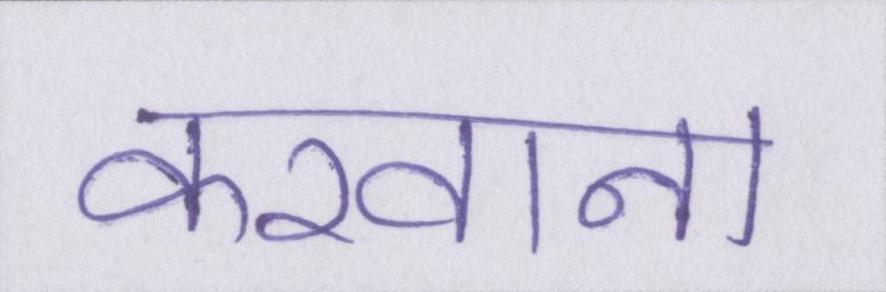
करवाना